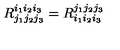
R _ { j _ { 1 } j _ { 2 } j _ { 3 } } ^ { i _ { 1 } i _ { 2 } i _ { 3 } } = R _ { i _ { 1 } i _ { 2 } i _ { 3 } } ^ { j _ { 1 } j _ { 2 } j _ { 3 } }